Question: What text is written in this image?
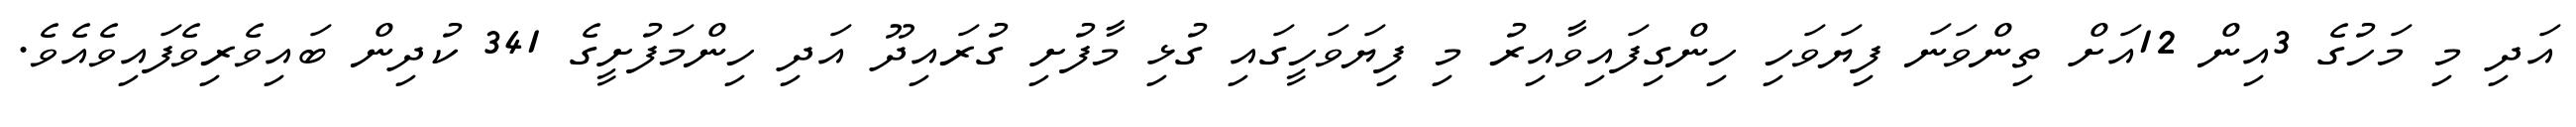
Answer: އަދި މި މަހުގެ 3އިން 12އަށް ތިންވަނަ ފިޔަވަހި ހިންގިފައިވާއިރު މި ފިޔަވަހީގައި ގުޅި މާފުށި ގުރައިދޫ އަދި ހިންމަފުށީގެ 341 ކުދިން ބައިވެރިވެފައިވެއެވެ.